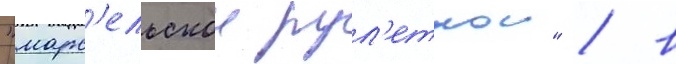
"марс'ельскои рул'еткои" / в